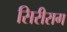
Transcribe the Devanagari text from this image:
सिरीराग